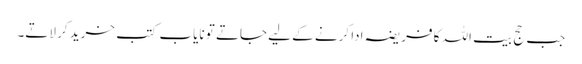
جب حج بیت اللہ کا فریضہ ادا کرنے کے لیے جاتے تو نایاب کتب خرید کر لاتے۔